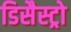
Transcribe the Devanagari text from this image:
डिसैस्ट्रो